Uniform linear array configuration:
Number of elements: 24
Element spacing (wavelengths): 0.5
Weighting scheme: cosine
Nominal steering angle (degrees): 15
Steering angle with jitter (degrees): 14.484
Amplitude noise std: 0.05
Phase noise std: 0.05

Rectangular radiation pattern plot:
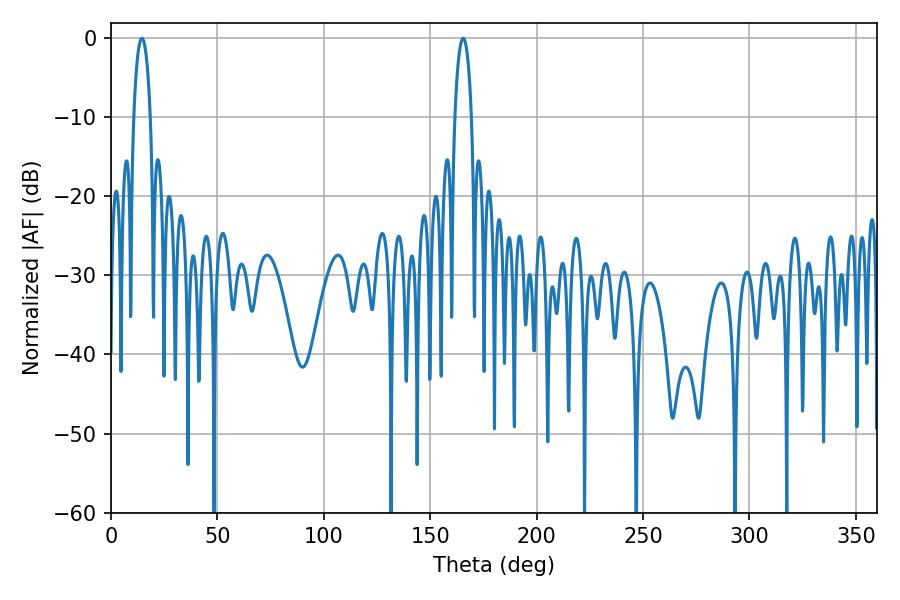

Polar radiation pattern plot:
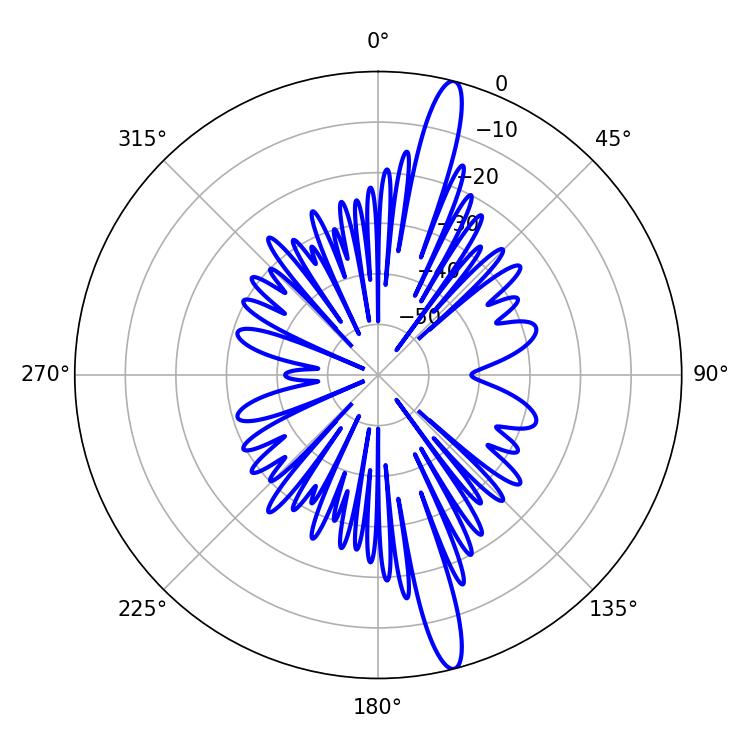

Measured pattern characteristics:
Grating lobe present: FALSE
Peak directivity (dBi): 16.604
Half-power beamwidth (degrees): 4.5
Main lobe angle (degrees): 165.42